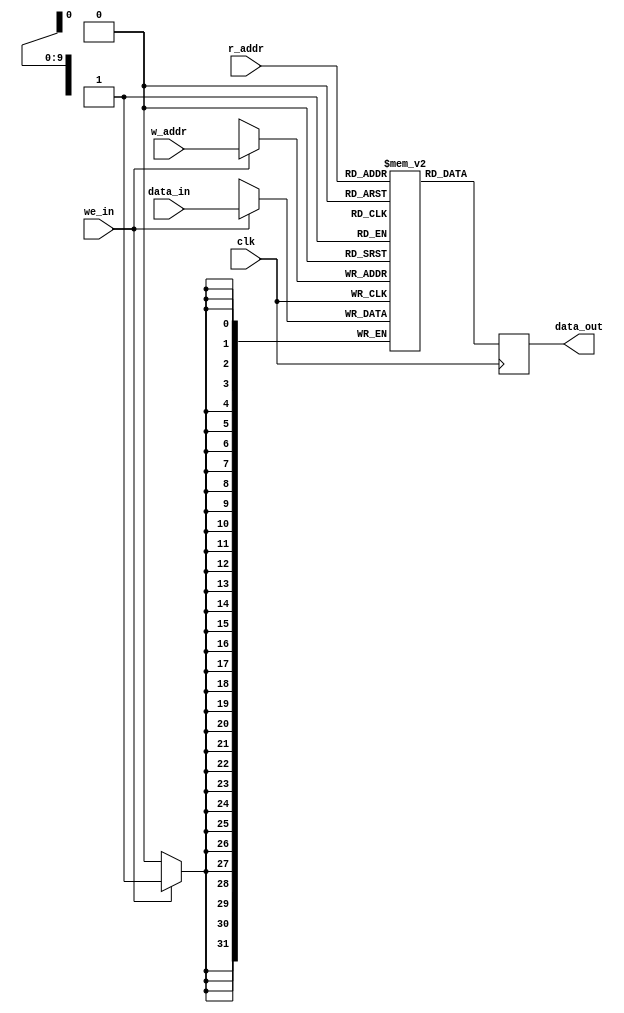
`timescale 1ns / 1ps

module bram(
	data_in,	// W
	r_addr,	// R
	w_addr,	// W
	we_in,	// W
	clk,
	data_out	// R
	);
parameter DATA_W = 32;
parameter ADDR_W = 10;
localparam DEPTH = (2**ADDR_W);

input [DATA_W-1:0] data_in;
input [ADDR_W-1:0] r_addr, w_addr;
input we_in;
input clk;
output reg [DATA_W-1:0] data_out;


reg [DATA_W-1:0] ram [DEPTH-1:0]  /* synthesis ramstyle = "no_rw_check" */;
integer i;
initial for (i=0; i<DEPTH; i=i+1) begin
		ram[i] = 32'hffdd;  	
end
always @(posedge clk) begin
		data_out <= ram[r_addr];
		if (we_in) begin
			ram[w_addr] <= data_in;
		end
end    
					
endmodule